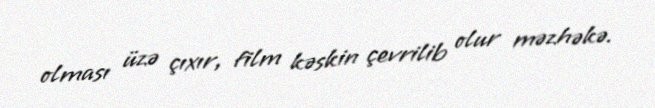
olması üzə çıxır, film kəskin çevrilib olur məzhəkə.